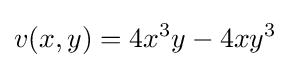
v(x,y)=4x^{3}y-4xy^{3}